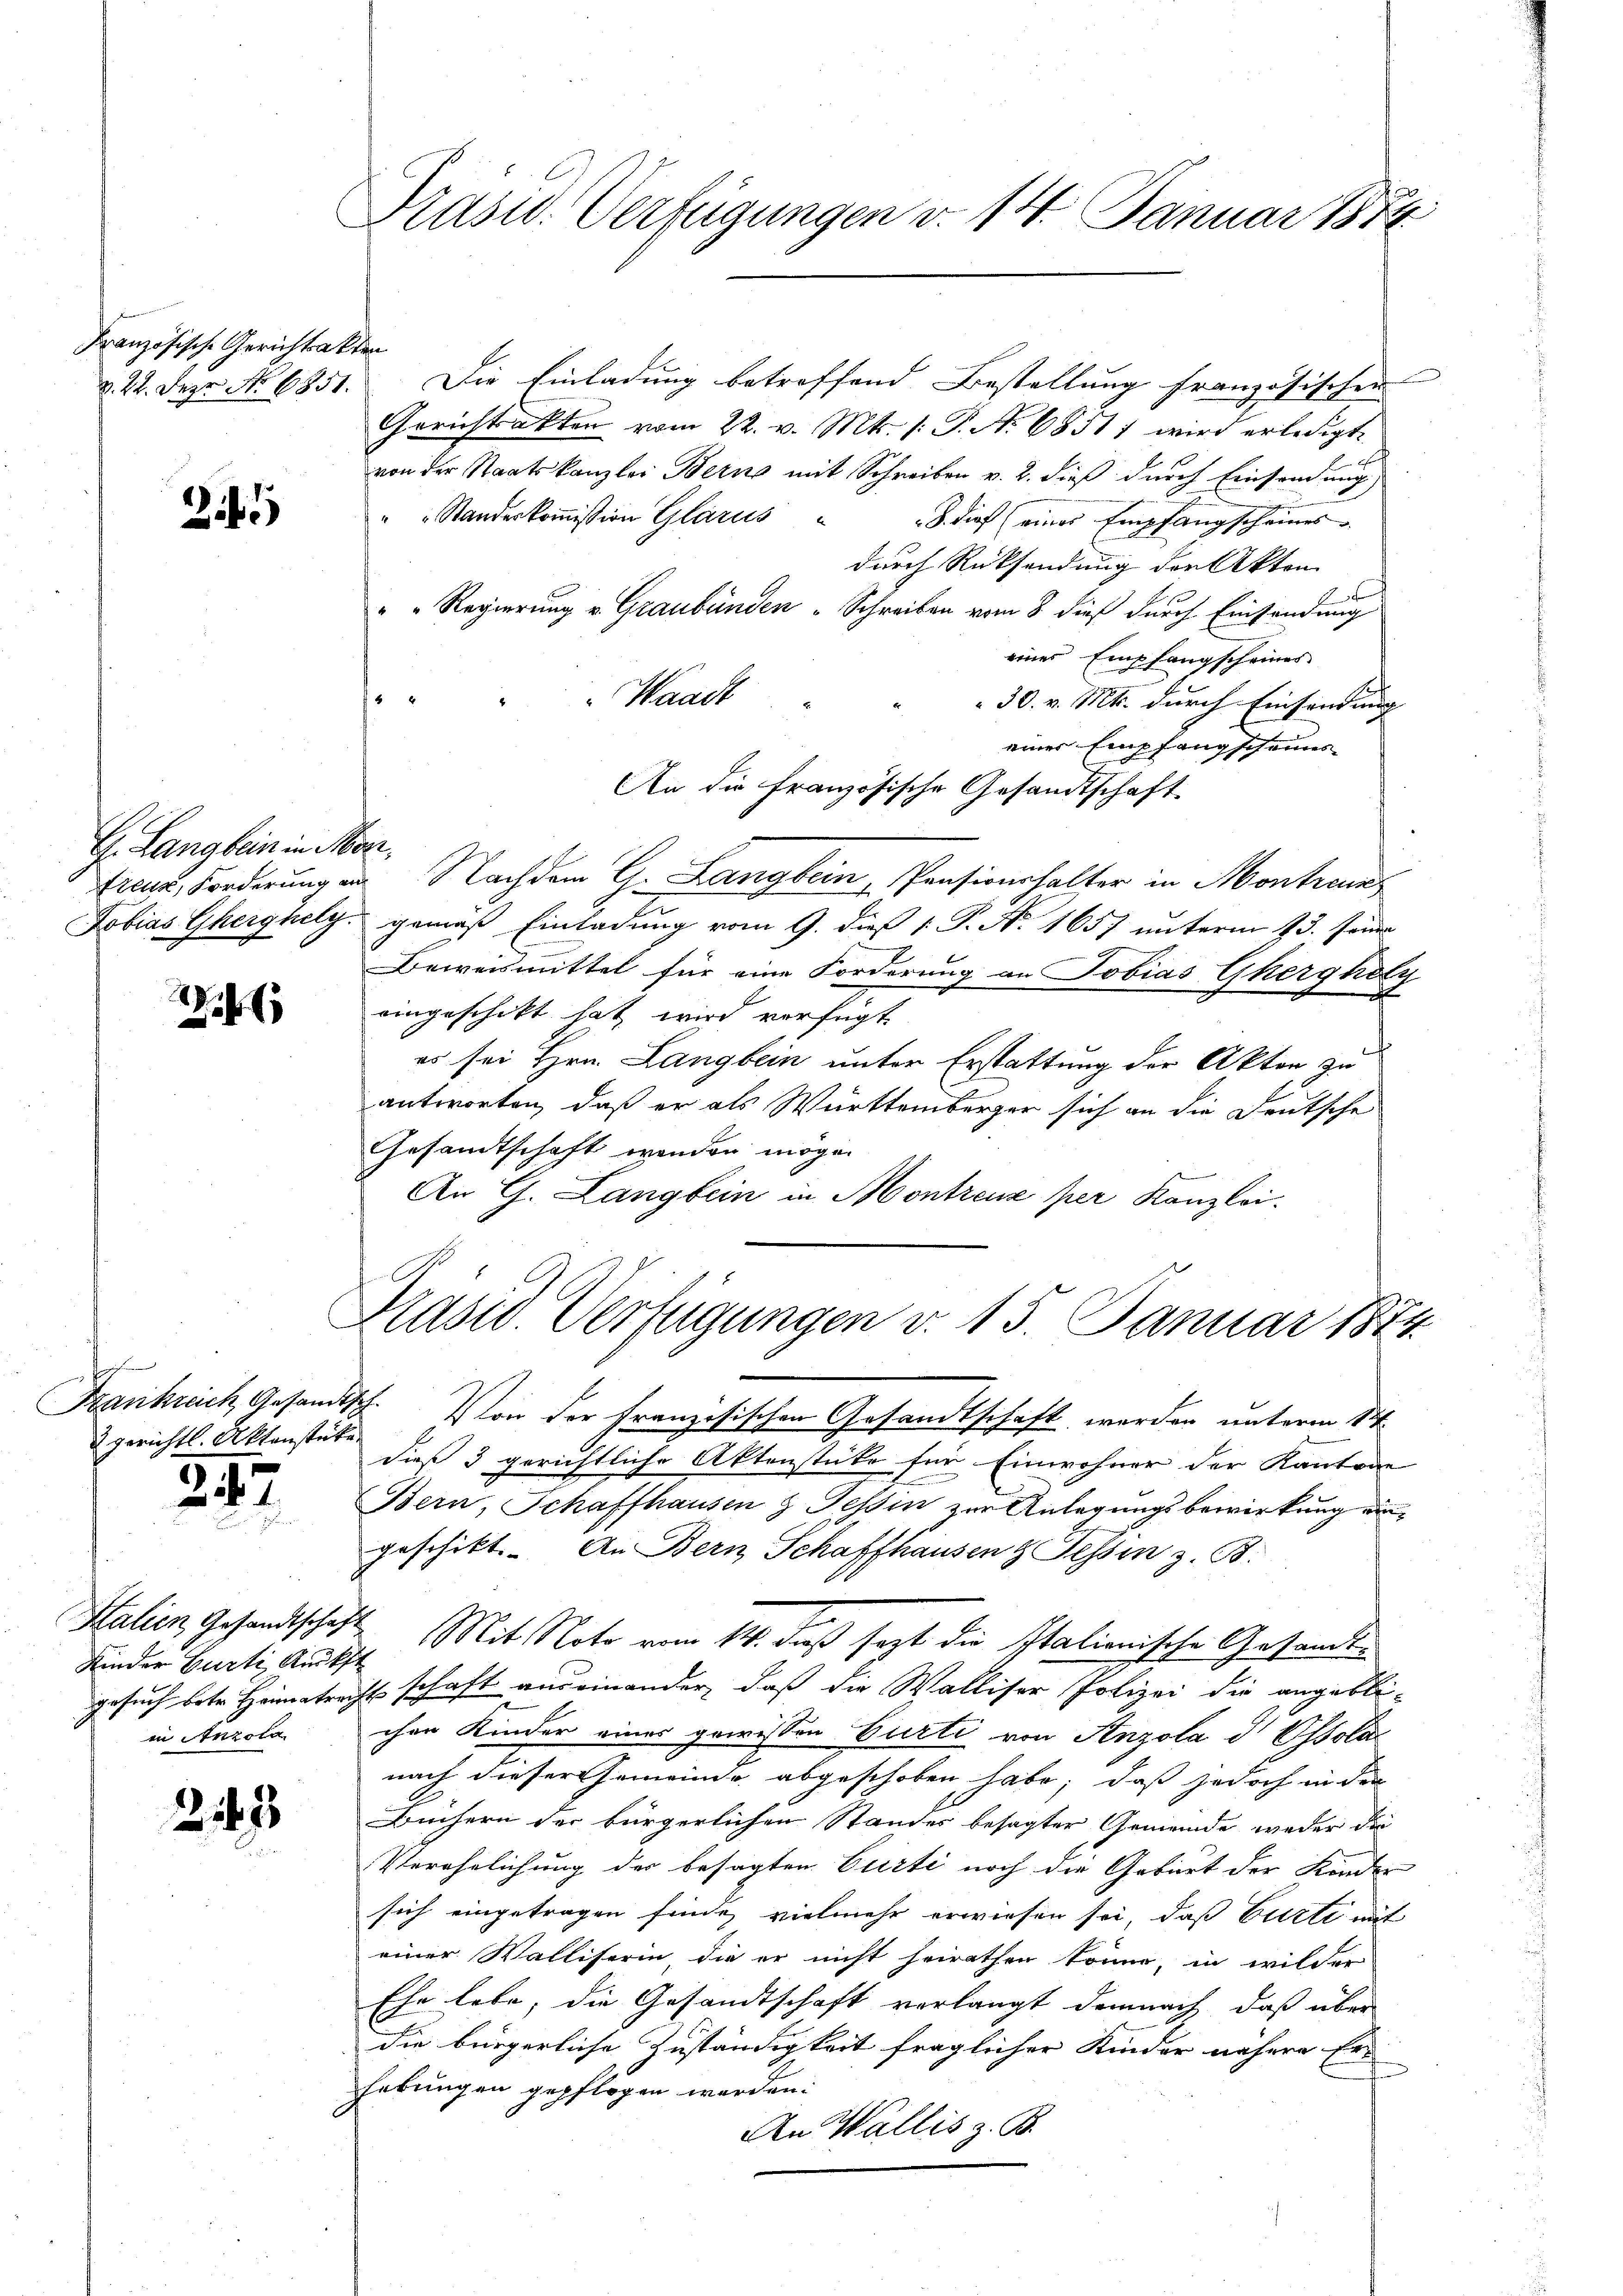
Französische Gerichtsakt
d. 22. Der No 6851.

2

G. Lang bein in Merz,
teur Forderung an
Dobias Gherghely

8)
186

gerichtl. Aktenstücke.

347

Kinder Curti Rückst
in Anzola

2247

Prasw. Verfügungen v. 14. Januar 1874

en
Die Einladung betreffend Bestellung französischen |
Gerichtakten vom 22. v. Mts. 1. P. N. 6851) wird erledigt.
von der Staatskanzlei Bern mit Schreiben v. 2. dieß durch Einsendung
" " Standeskoṁission Glarus " " die (eines Empfangscheines
durch Rücksendung der Akten
" " Regierung v. Graubünden Schreiben vom 8 dieß durch Einsendung
eines Empfangscheines
Waadt
30. v. Mts. durch Einsendung
einer Empfangscheines
An die französische Gesandtschaft
Nachdem C. Langbein, Pensionshalter in Montanz
gemäß Einladung vom 9. dieß P. P. Nr. 1657 unterm 13. Jenni
Beweismittel für eine Forderung an Tobias Ghergholz
eingeschikt hat wird verfügt
es sei Hrn. Langbein unter Erstattung der Akten, zu
antworten, daß er als Württemberger sich an die Deutsche
Gesandtschaft werden möge.
An G. Langbein in Montreuz per Kanzlei.

Präsid. Verfügungen v. 15. Januar 1874.

Frankrach Gesandtsch. Von der Französischen Gesandtschaft werden unterm 14.
dieß 3 gerichtliche Aktenstücke für Einwohner der Kantone
Bern, Schaffhausen z Tessin zur Anlagungsbewirkung eingeschikt. An Bern Schaffhausen & Tessin z. B.
Salien Gesandtschaft. Mit Note vom 14. daß sagt die Italionische Gesandtgesuch betr. Heimatracht schaft auseinander, daß die Walliser Polizei die angebli-
chen Kinder eines gewissen Curti von Anzola d Ossola
nach dieser Gemeinde abgeschoben habe; daß jedoch in den
Büchern der bürgerlichen Standes besagter Gemeinde weder die
Verehelichung der besagten Curti noch die Gebiert der Kinder
sich eingetragen finde, vielmehr erwiesen sei, daß Bitte mit
einer Walliserin, die er nicht heirathen könne, in wilder
Ehe lebe, die Gesandtschaft verlangt demnach, daß über
die bürgerliche Zuständigkeit fraglicher Kinder nähere Er
hebungen gepflogen werden.
An Wallis z. B.